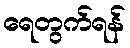
ရေတွက်ရန်